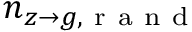
n _ { z \to g , \mathrm { ~ r ~ a ~ n ~ d ~ } }